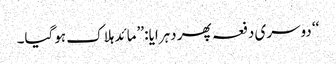
‘‘ دوسری دفعہ پھر دہرایا: ’’مائد ہلاک ہوگیا۔